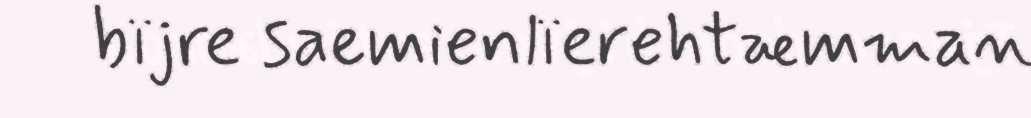
bïjre saemienlïerehtæmman